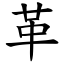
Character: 革